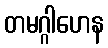
တမဂ္ဂါဟေန